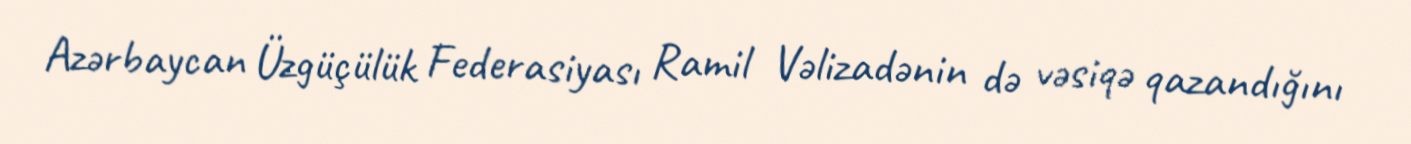
Azərbaycan Üzgüçülük Federasiyası Ramil Vəlizadənin də vəsiqə qazandığını